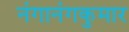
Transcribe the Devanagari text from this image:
नंगानंगकुमार